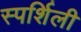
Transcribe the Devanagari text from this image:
स्पर्शिली